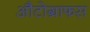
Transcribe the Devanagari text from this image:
औटोग्राफस